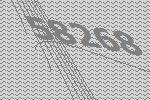
58268